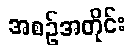
အစဉ်အတိုင်း